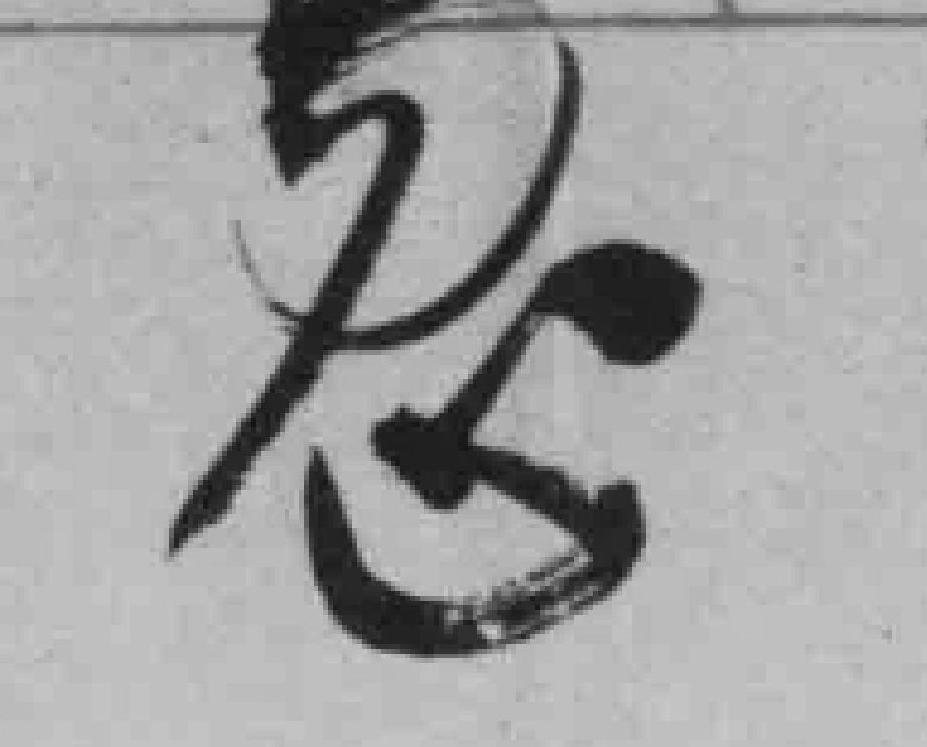
忽